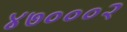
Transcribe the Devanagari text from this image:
४७०००२